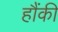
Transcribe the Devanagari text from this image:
हौंकी